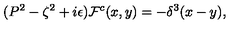
( P ^ { 2 } - \zeta ^ { 2 } + i \epsilon ) { \cal F } ^ { c } ( x , y ) = - \delta ^ { 3 } ( x - y ) ,